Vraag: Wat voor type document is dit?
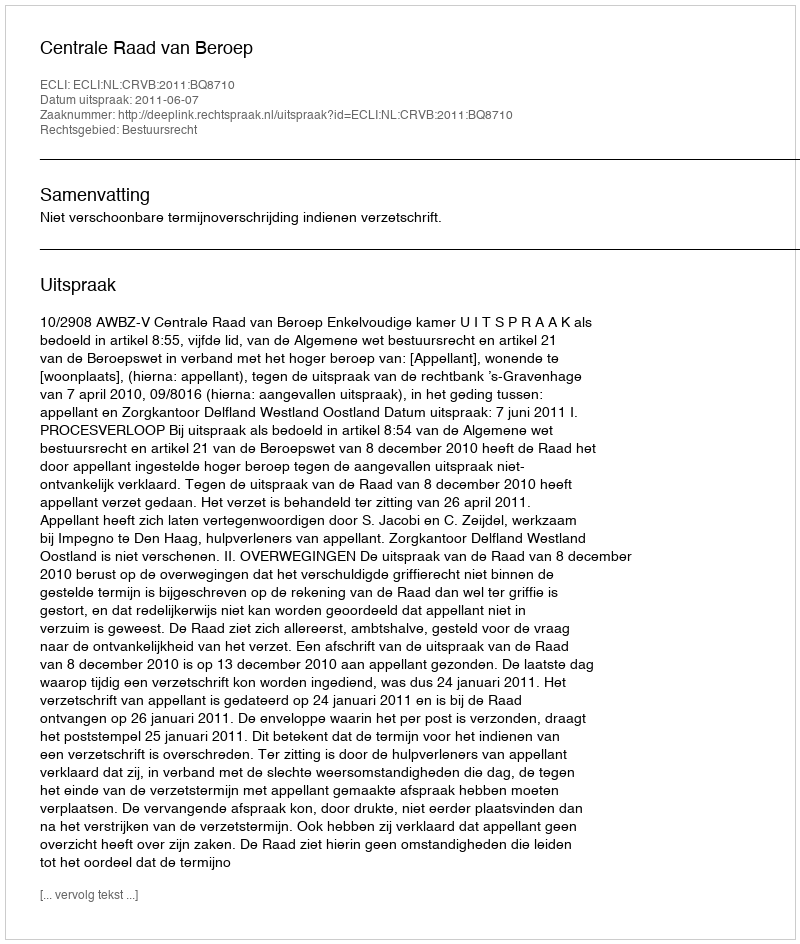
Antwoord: Uitspraak